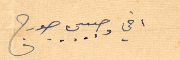
اخي وحبيبي جورج